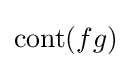
\operatorname {cont} (fg)